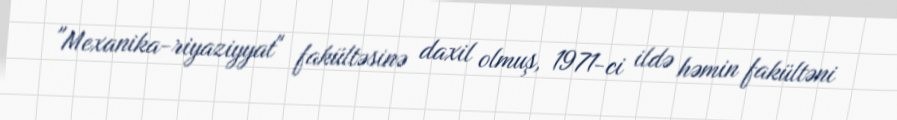
"Mexanika-riyaziyyat" fakültəsinə daxil olmuş, 1971-ci ildə həmin fakültəni